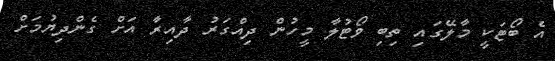
އެ ބޯޓަކީ މާލޭގައި ތިބި ވޯޓުލާ މީހުން ދިއްގަރު ދާއިރާ އަށް ގެންދިޔުމަށް